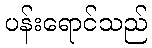
ပန်းရောင်သည်